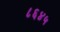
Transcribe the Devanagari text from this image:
८६४५